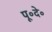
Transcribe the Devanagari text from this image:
पू॰दे॰